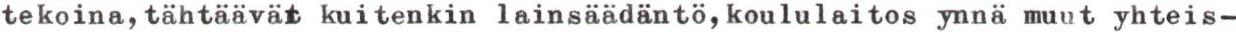
tekoina,tähtäävät kuitenkin lainsäädäntö,koululaitos ynnä muut yhteis-